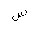
Letter: _sin